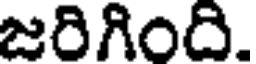
జరిగింది.